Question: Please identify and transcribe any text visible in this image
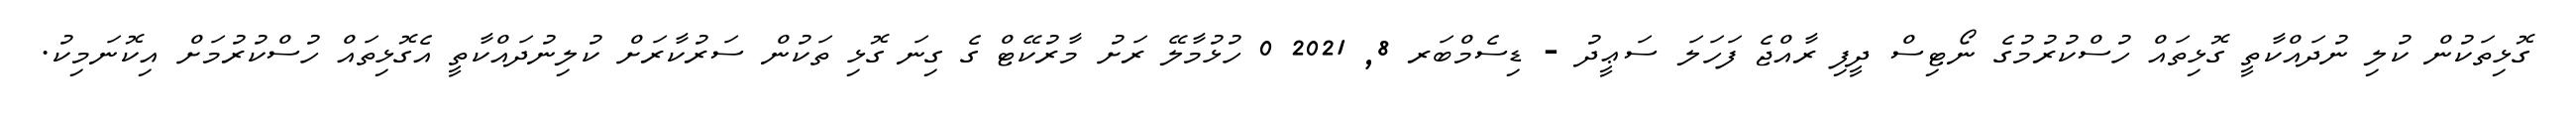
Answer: ގޮޅިތަކުން ކުލި ނުދައްކާތީ ގޮޅިތައް ހުސްކުރުމުގެ ނޯޓިސް ދީފި ރާއްޖެ ފަހަލަ ސަޢީދު - ޑިސެމްބަރ 8, 2021 0 ހުޅުމާލޭ ރަށު މާރުކޭޓް ގެ ގިނަ ގޮޅި ތަކުން ސަރުކާރަށް ކުލިނުދައްކާތީ އެގޮޅިތައް ހުސްކުރުމަށް އިކޮނަމިކު.